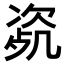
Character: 𣣰